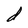
Character: d